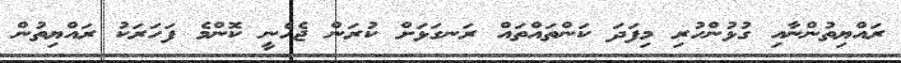
ރައްޔިތުންނާއި ގުޅުންހުރި މިފަދަ ކަންތައްތައް ރަނގަޅަށް ކުރަން ޖެހެނީ ކޮންމެ ފަހަރަކު ރައްޔިތުން